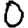
Digit: 0